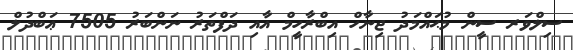
ސިލްވަރ ސީން މުޙައްމަދު ޖިނާހް އިބްރާހީމް އާއި ދަފްތަރު ނަންބަރު 7505 ޢަބްދުލް